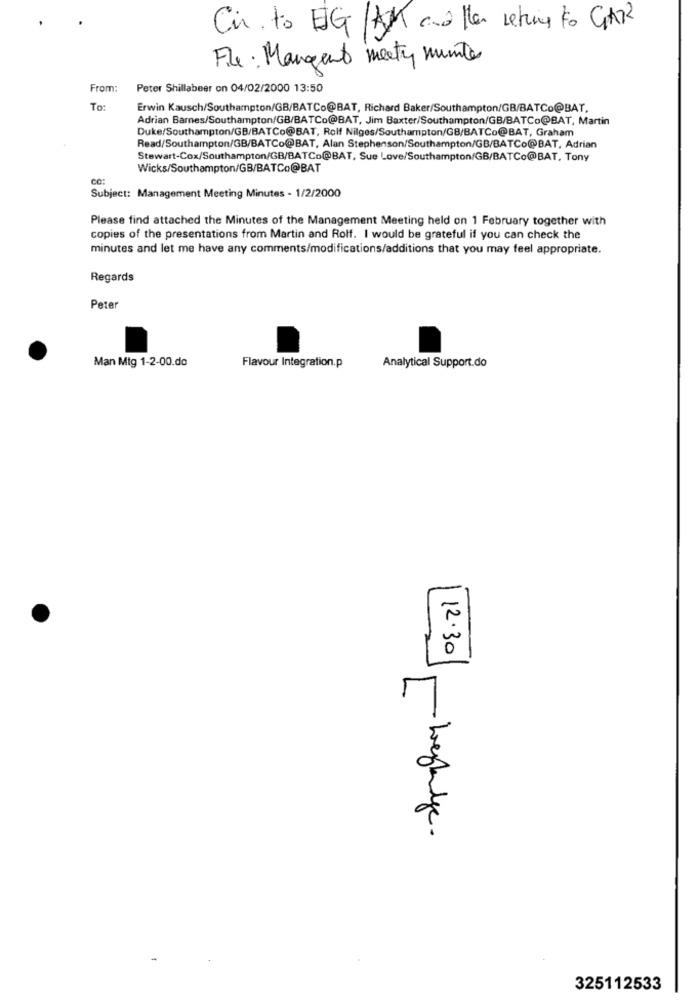
Cir to EGAM another return to GAR
File: Mangent meety munite
From:
Peter Shillabeer on 04/02/2000 13:50
To:
Erwin Kausch/Southampton/GB/BATCo@BAT, Richard Baker/Southampton/GB/BATCo@BAT,
Adrian Barnes/Southampton/GB/BATCo@BAT, Jim Baxter/Southampton/GB/BATCo@BAT, Martin
Duke/Southampton/GB/BATCo@BAT, Rolf Nilges/Southampton/GB/BATCo@BAT, Graham
Read/Southampton/GB/BATCo@BAT, Alan Stephenson/Southampton/GB/BATCo@BAT, Adrian
Stewart-Cox/Southampton/GB/BATCo@BAT, Sue Love/Southampton/GB/BATCo@BAT. Tony
Wicks/Southampton/GB/BATCo@BAT
ČO:
Subject: Management Meeting Minutes - 1/2/2000
Please find attached the Minutes of the Management Meeting held on 1 February together with
copies of the presentations from Martin and Rolf. I would be grateful if you can check the
minutes and let me have any comments/modifications/additions that you may feel appropriate.
Regards
Peter
Man Mig 1-2-00.do
Flavour Integration.p
Analytical Support.do
0
12.30
M
325112533